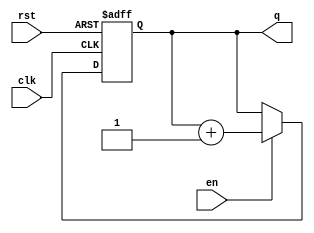
module binary_counter (
    input wire clk,      // Clock signal
    input wire rst,      // Asynchronous reset signal
    input wire en,       // Enable signal
    output reg [2:0] q   // 3-bit counter output
);

    // Asynchronous reset and counting logic
    always @(posedge clk or posedge rst) begin
        if (rst) begin
            // Reset the counter to 0
            q <= 3'b000;
        end else if (en) begin
            // Increment the counter
            q <= q + 1'b1;
        end
        // Note: If en is low, q retains its value
    end

endmodule